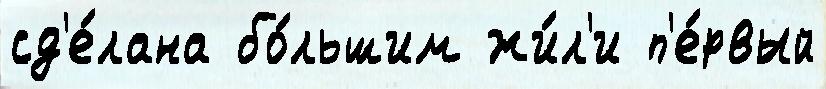
сд'е́лана бо́льшим жи́л'и п'е́рвый